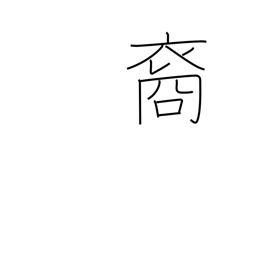
Meaning: descendant